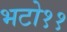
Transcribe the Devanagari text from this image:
भटो११